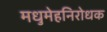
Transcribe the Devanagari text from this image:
मधुमेहनिरोधक